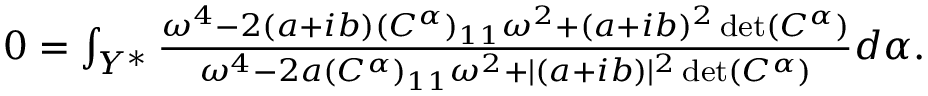
\begin{array} { r } { 0 = \int _ { Y ^ { * } } \frac { \omega ^ { 4 } - 2 ( a + i b ) ( C ^ { \alpha } ) _ { 1 1 } \omega ^ { 2 } + ( a + i b ) ^ { 2 } \operatorname* { d e t } ( C ^ { \alpha } ) } { \omega ^ { 4 } - 2 a ( C ^ { \alpha } ) _ { 1 1 } \omega ^ { 2 } + \lvert ( a + i b ) \rvert ^ { 2 } \operatorname* { d e t } ( C ^ { \alpha } ) } d \alpha . } \end{array}